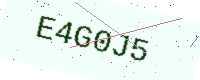
Text: E4G0J5